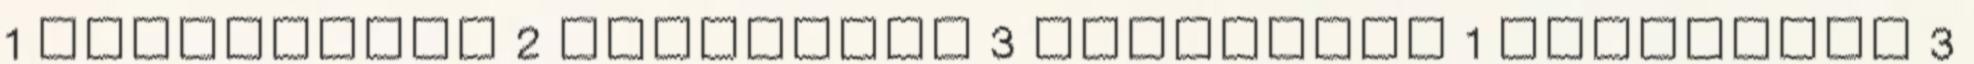
1 megfelelés 2 megmondás 3 mellméret 1 mosolygós 3